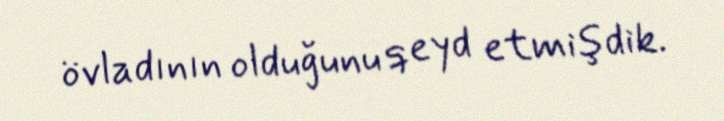
övladının olduğunu qeyd etmişdik.